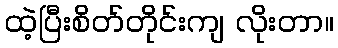
ထဲ့ပြီးစိတ်တိုင်းကျ လိုးတာ။